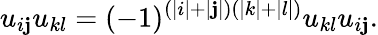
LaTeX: u_{i\mathbf{j}}u_{kl}=(-1)^{(|i|+|\mathbf{j}|)(|k|+|l|)}u_{kl}u_{i\mathbf{j}}.